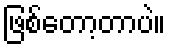
ဖြစ်တော့တာပဲ။